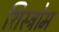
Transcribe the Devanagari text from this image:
शिस्ट्रोम